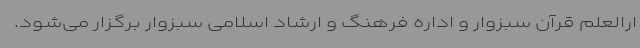
ارالعلم قرآن سبزوار و اداره فرهنگ و ارشاد اسلامی سبزوار برگزار می‌شود.